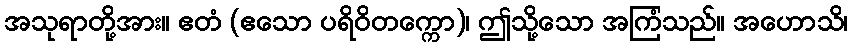
အသုရာတို့အား။ ဧတံ (ဧသော ပရိဝိတက္ကော)၊ ဤသို့သော အကြံသည်။ အဟောသိ၊